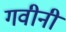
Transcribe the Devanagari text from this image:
गवीनी